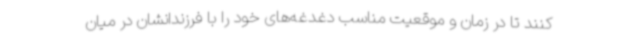
کنند تا در زمان و موقعیت مناسب دغدغه‌های خود را با فرزندانشان در میان